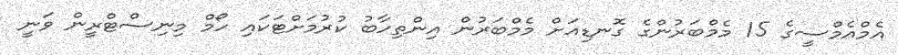
އެމްއެމްސީގެ 15 މެމްބަރުންގެ ގޮނޑިއަށް މެމްބަރުން އިންތިހާބު ކުރުމަށްޓަކައި ހޯމް މިނިސްޓްރީން ވަނީ